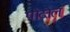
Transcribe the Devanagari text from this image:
पोदोल